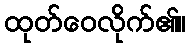
ထုတ်ဝေလိုက်၏။